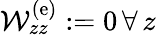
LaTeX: \mathcal{W}_{zz}^{\mathrm{(e)}}\mathrel{\mathop:}=0\, \forall\, z